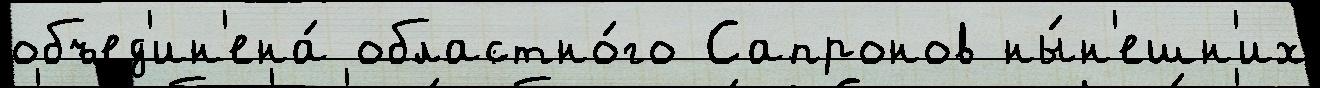
объед'ин'ена́ областно́го Сапронов ны́н'ешн'их